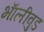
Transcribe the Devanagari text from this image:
भॅालीवुड